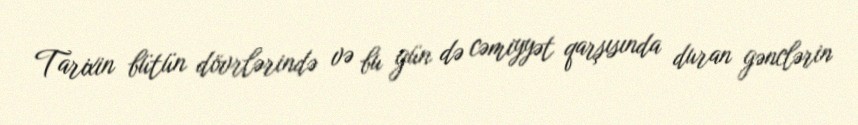
Tarixin bütün dövrlərində və bu gün də cəmiyyət qarşısında duran gənclərin